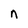
Character: n